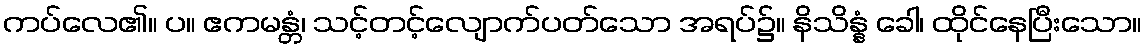
ကပ်လေ၏။ ပ။ ဧကမန္တံ၊ သင့်တင့်လျောက်ပတ်သော အရပ်၌။ နိသိန္နံ ခေါ၊ ထိုင်နေပြီးသော။